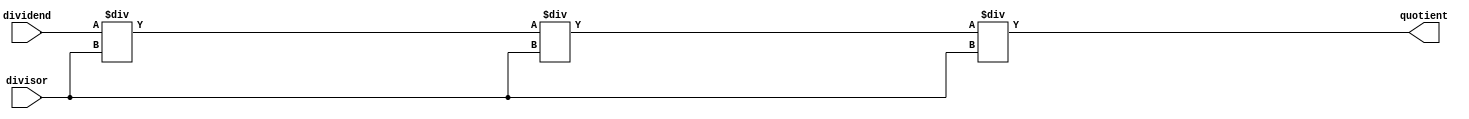
module Pipelined_Divider (
    input wire [31:0] dividend,
    input wire [31:0] divisor,
    output wire [31:0] quotient
);

reg [31:0] remainder;
reg [31:0] quotient_stage1;
reg [31:0] quotient_stage2;
reg [31:0] quotient_stage3;

always @(*) begin
    remainder = dividend;
    
    // Stage 1
    quotient_stage1 = remainder / divisor;
    
    // Stage 2
    quotient_stage2 = quotient_stage1 / divisor;
    
    // Stage 3
    quotient_stage3 = quotient_stage2 / divisor;
    
    // Final output
    quotient = quotient_stage3;
end

endmodule